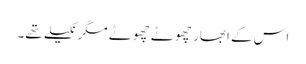
اس کے ابھار چھوٹے چھوٹے مگر نکیلے تھے۔